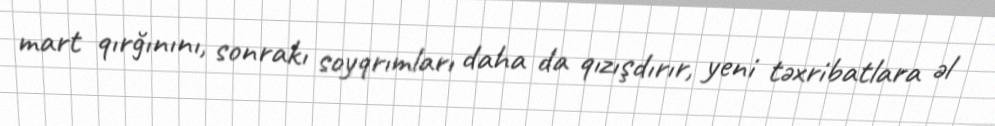
mart qırğınını, sonrakı soyqrımları daha da qızışdırır, yeni təxribatlara əl